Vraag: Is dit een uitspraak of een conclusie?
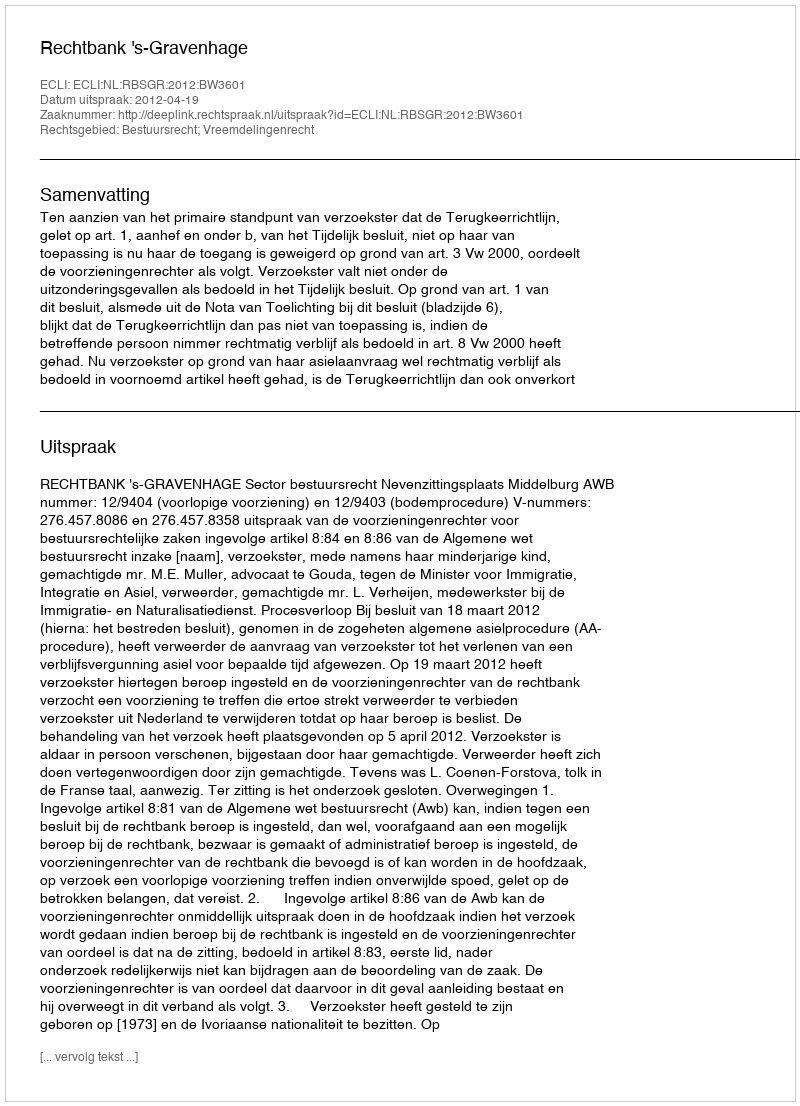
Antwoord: Uitspraak